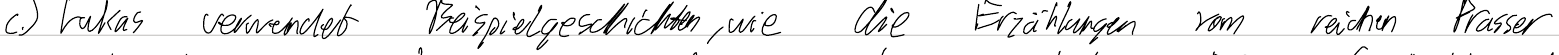
c.) Lukas verwendet Beispielgeschichten, wie die Erzählungen vom reichen Prasser